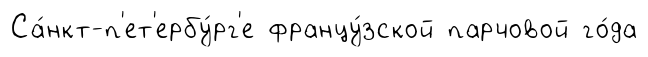
Са́нкт-п'ет'ербу́рг'е францу́зской парчовой го́да